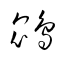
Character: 鵾